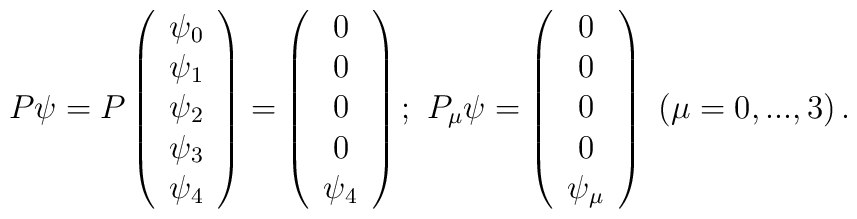
P\psi =P\left( \begin{array}{c}\psi _{0} \\ \psi _{1} \\ \psi _{2} \\ \psi _{3} \\ \psi _{4}\end{array}\right) =\left( \begin{array}{c}0 \\ 0 \\ 0 \\ 0 \\ \psi _{4}\end{array}\right) ;\ P_{\mu }\psi =\left( \begin{array}{c}0 \\ 0 \\ 0 \\ 0 \\ \psi _{\mu }\end{array}\right) \ \left( \mu =0,...,3\right) .